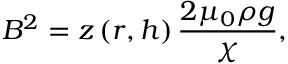
B ^ { 2 } = z \left( r , h \right) \frac { 2 \mu _ { 0 } \rho g } { \chi } ,